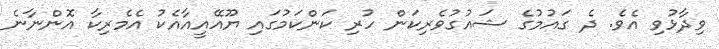
ވިދާޅުވި އެވެ. ދެ ގައުމުގެ ޝައުގުވެރިކަން ހުރި ކަންކަމުގައި ޔޫއޭއީއާއެކު އެމެރިކާ އޮންނާނެ